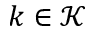
k \in \mathcal K